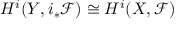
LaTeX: H ^ { i } ( Y , i _ { * } { \mathcal { F } } ) \cong H ^ { i } ( X , { \mathcal { F } } )